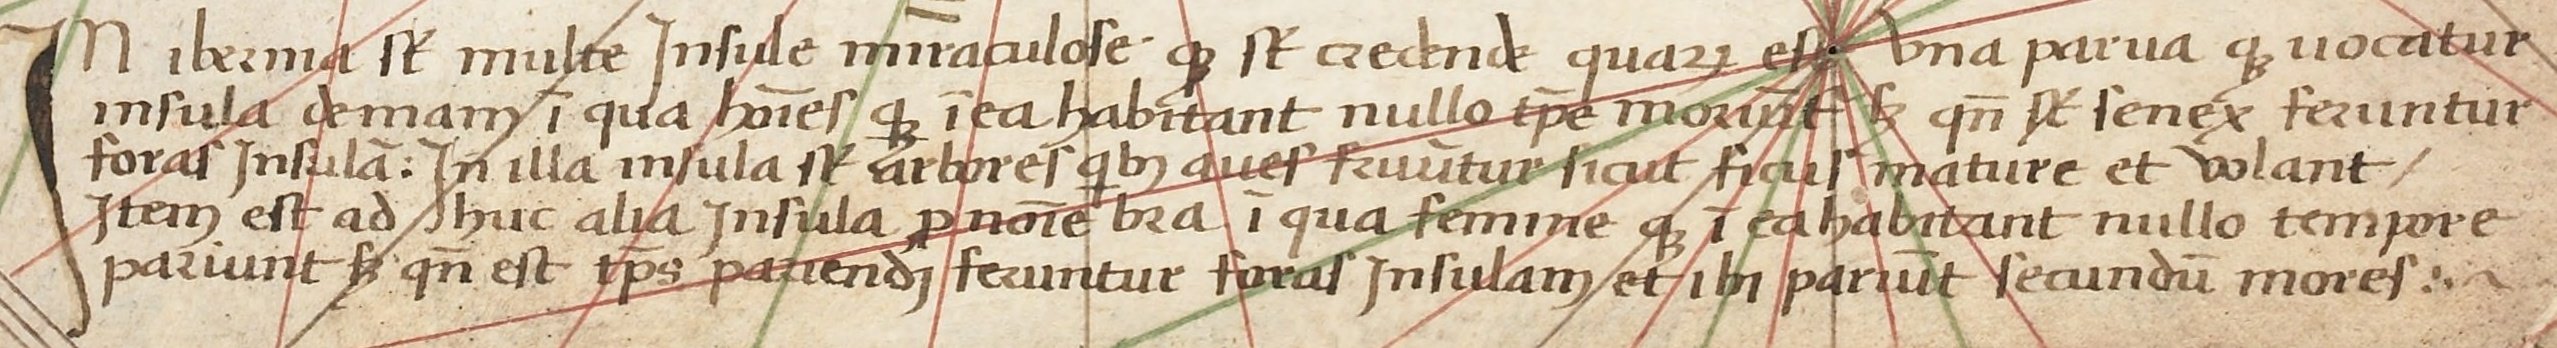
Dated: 1476–1476